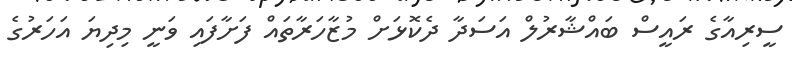
ސީރިއާގެ ރައީސް ބައްޝާރުލް އަސަދާ ދެކޮޅަށް މުޒާހަރާތައް ފަށާފައި ވަނީ މިދިޔަ އަހަރުގެ